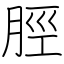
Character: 脛